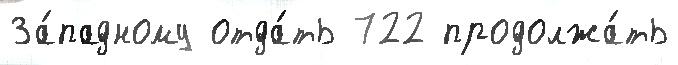
За́падному отда́ть 722 продолжа́ть